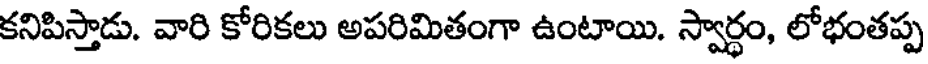
కనిపిస్తాడు. వారి కోరికలు అపరిమితంగా ఉంటాయి. స్వార్థం, లోభంతప్ప